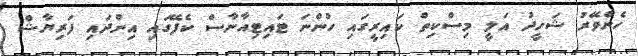
ހެންވޭރު ޝަހީދު އަލީ މިސްކިތް ކައިރީގައި ހުންނަ ޓައިޓިއާނާސް ކެފޭގައި އިންދައި ފަރިޔާޝް